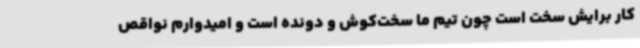
کار برایش سخت است چون تیم ما سخت‌کوش و دونده است و امیدوارم نواقص